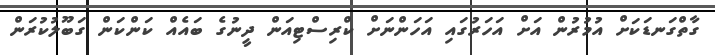
ގާތްގަނޑަކަށް އުމުރުން އަށް އަހަރުގައި އަހަންނަށް ކްރިސްޓިއަން ދީނުގެ ބައެއް ކަންކަން ގަބޫލުކުރަން